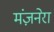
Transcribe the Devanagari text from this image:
मंज़नेरा